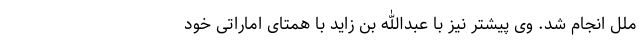
ملل انجام شد. وی پیشتر نیز با عبدالله بن زاید با همتای اماراتی خود